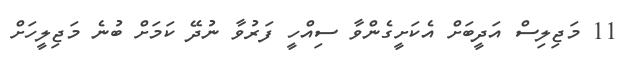
11 މަޖިލިސް އަދީބަށް އެކަށީގެންވާ ސިއްހީ ފަރުވާ ނުދޭ ކަމަށް ބުނެ މަޖިލީހަށް